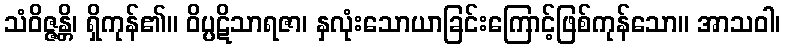
သံဝိဇ္ဇန္တိ၊ ရှိကုန်၏။ ဝိပ္ပဋိသာရဇာ၊ နှလုံးသောယာခြင်းကြောင့်ဖြစ်ကုန်သော။ အာသဝါ၊